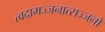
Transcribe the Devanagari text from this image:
त्वदामज्जनात्सज्जनो